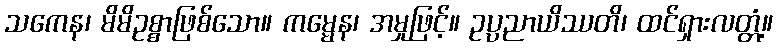
သကေန၊ မိမိဥစ္စာဖြစ်သော။ ကမ္မေန၊ အမှုဖြင့်။ ဥပ္ပညာယိဿတိ၊ ထင်ရှားလတ္တံ့။